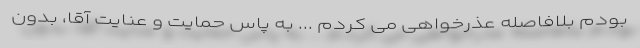
بودم بلافاصله عذرخواهی می کردم ... به پاس حمایت و عنایت آقا، بدون